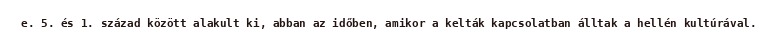
e. 5. és 1. század között alakult ki, abban az időben, amikor a kelták kapcsolatban álltak a hellén kultúrával.